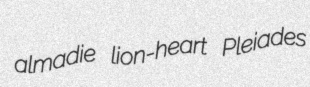
almadie lion-heart Pleiades